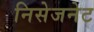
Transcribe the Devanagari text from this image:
निसेजनेट